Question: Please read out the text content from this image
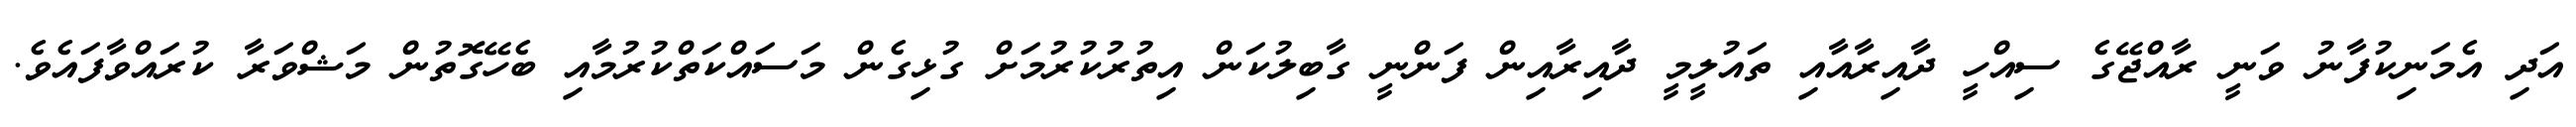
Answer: އަދި އެމަނިކުފާނު ވަނީ ރާއްޖޭގެ ސިއްހީ ދާއިރާއާއި ތައުލީމީ ދާއިރާއިން ފަންނީ ގާބިލުކަން އިތުރުކުރުމަށް ގުޅިގެން މަސައްކަތްކުރުމާއި ބެހޭގޮތުން މަޝްވަރާ ކުރައްވާފައެވެ.